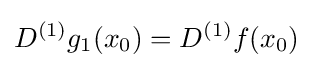
D^{(1)}g_{1}(x_{0})=D^{(1)}f(x_{0})